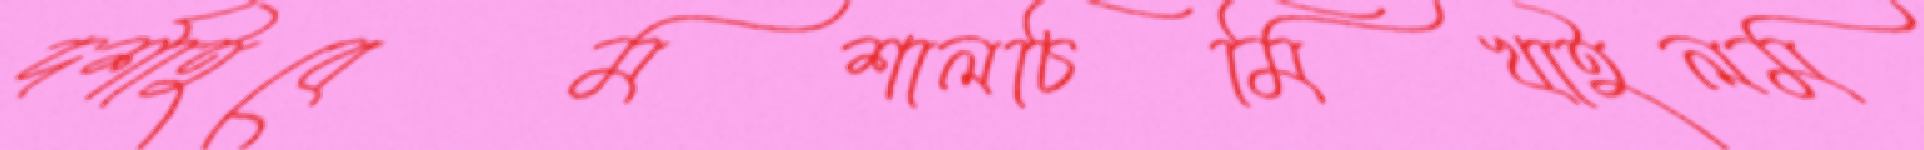
দর্শাইবেমশালচিমিখাইলম